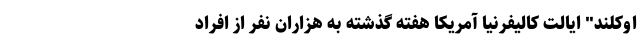
اوکلند" ایالت کالیفرنیا آمریکا هفته گذشته به هزاران نفر از افراد